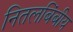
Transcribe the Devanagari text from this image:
नितलबिंबीय